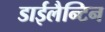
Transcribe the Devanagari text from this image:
डाईलैन्टिन